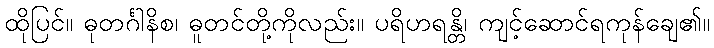
ထိုပြင်။ ဓုတင်္ဂါနိစ၊ ဓူတင်တို့ကိုလည်း။ ပရိဟရန္တိ၊ ကျင့်ဆောင်ရကုန်ချေ၏။